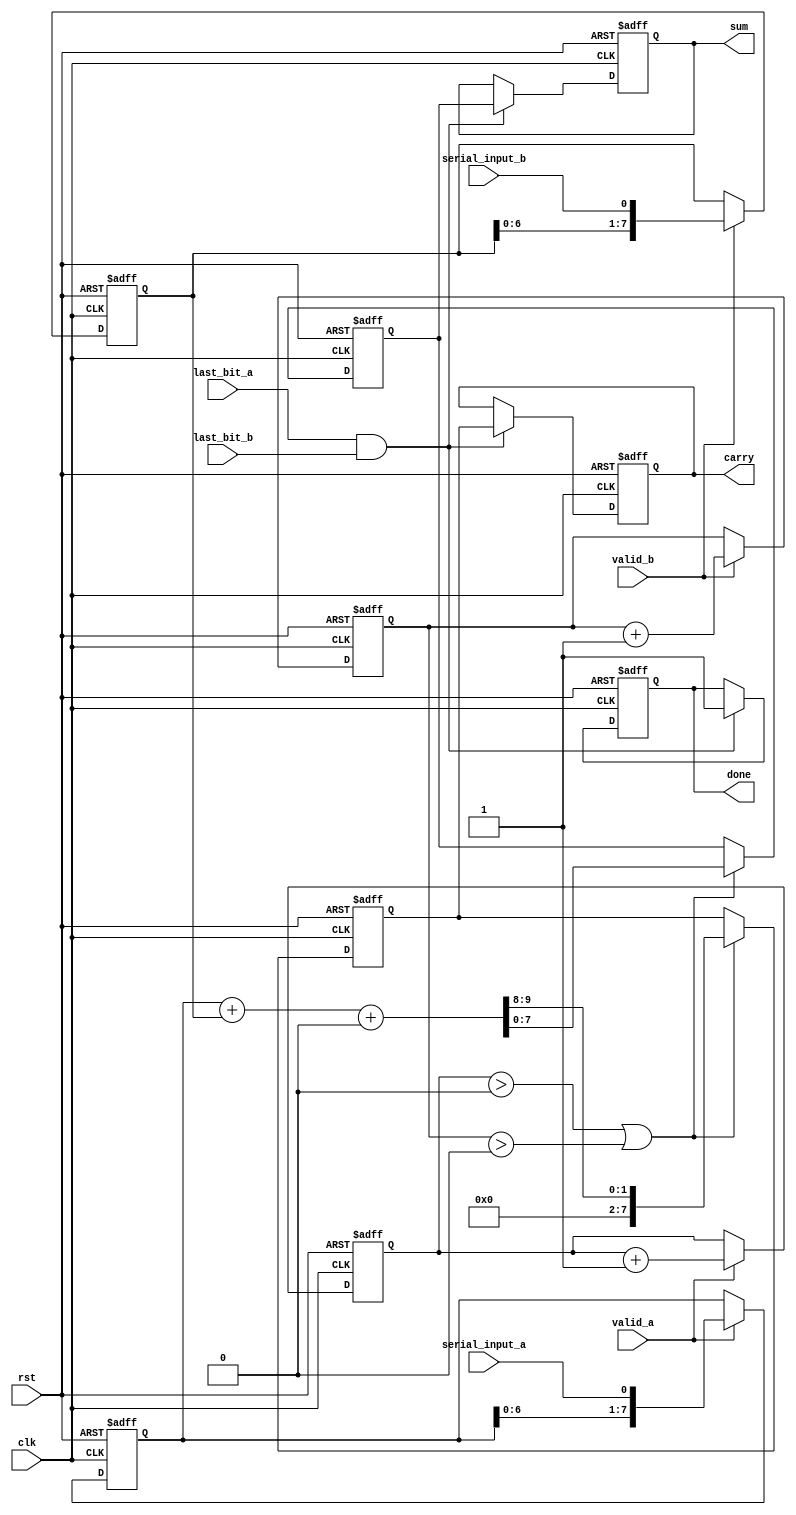
module CarrySaveAdder (
    input wire clk,
    input wire rst,
    input wire serial_input_a,  // Serial input for first number
    input wire serial_input_b,  // Serial input for second number
    input wire valid_a,          // Signal to indicate valid input for A
    input wire valid_b,          // Signal to indicate valid input for B
    input wire last_bit_a,       // Signal to indicate last bit for A
    input wire last_bit_b,       // Signal to indicate last bit for B
    output reg [7:0] sum,        // Output sum
    output reg [7:0] carry,      // Output carry
    output reg done              // Signal to indicate completion
);

    reg [7:0] a_reg;             // Register to hold first number
    reg [7:0] b_reg;             // Register to hold second number
    reg [7:0] temp_sum;          // Temporary sum
    reg [7:0] temp_carry;        // Temporary carry
    reg [3:0] bit_count_a;       // Bit counter for A
    reg [3:0] bit_count_b;       // Bit counter for B

    // Initialize registers
    always @(posedge clk or posedge rst) begin
        if (rst) begin
            a_reg <= 8'b0;
            b_reg <= 8'b0;
            temp_sum <= 8'b0;
            temp_carry <= 8'b0;
            bit_count_a <= 4'b0;
            bit_count_b <= 4'b0;
            sum <= 8'b0;
            carry <= 8'b0;
            done <= 1'b0;
        end else begin
            // Process serial input for A
            if (valid_a) begin
                a_reg <= {a_reg[6:0], serial_input_a}; // Shift in new bit
                bit_count_a <= bit_count_a + 1;
            end
            
            // Process serial input for B
            if (valid_b) begin
                b_reg <= {b_reg[6:0], serial_input_b}; // Shift in new bit
                bit_count_b <= bit_count_b + 1;
            end
            
            // Perform addition using Carry Save Logic
            if (bit_count_a > 0 || bit_count_b > 0) begin
                {temp_carry, temp_sum} <= a_reg + b_reg + {7'b0, 1'b0}; // Add with carry
            end
            
            // Update final sum and carry
            if (last_bit_a && last_bit_b) begin
                sum <= temp_sum;
                carry <= temp_carry;
                done <= 1'b1; // Indicate that the operation is done
            end
        end
    end
endmodule